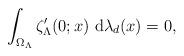
LaTeX: \begin{align*}\int_{\Omega_\Lambda}\zeta_{\Lambda}'(0;x)\ {\rm d}\lambda_d(x)=0,\end{align*}